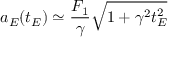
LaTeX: a _ { E } ( t _ { E } ) \simeq \frac { F _ { 1 } } { \gamma } \sqrt { 1 + \gamma ^ { 2 } t _ { E } ^ { 2 } }